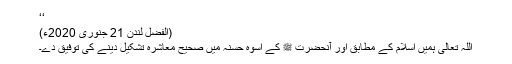
‘‘
(الفضل لندن 21 جنوری 2020ء)
اللہ تعالیٰ ہمیں اسلام کے مطابق اور آنحضرت ﷺ کے اسوہ حسنہ میں صحیح معاشرہ تشکیل دینے کی توفیق دے۔